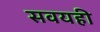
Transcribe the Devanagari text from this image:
सवयही